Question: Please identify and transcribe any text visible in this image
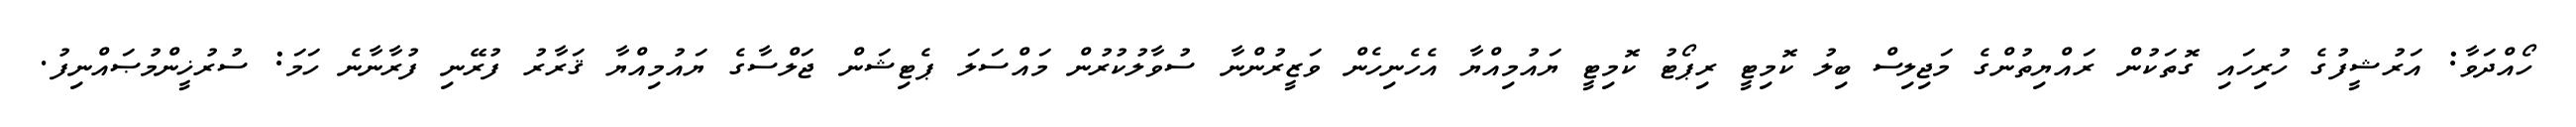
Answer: ހޯއްދަވާ: އަރުޝީފުގެ ހުރިހައި ގޮތަކުން ރައްޔިތުންގެ މަޖިލިސް ބިލު ކޮމިޓީ ރިޕޯޓު ކޮމިޓީ ޔައުމިއްޔާ އެހެނިހެން ވަޒީރުންނާ ސުވާލުކުރުން މައްސަލަ ޕެޓިޝަން ޖަލްސާގެ ޔައުމިއްޔާ ޤަރާރު ފުރޭނި ފުރާނާނެ ހަމަ: ސުރުޚީންމުޞައްނިފު.